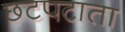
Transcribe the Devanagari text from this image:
छटपटाता